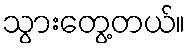
သွားတွေ့တယ်။